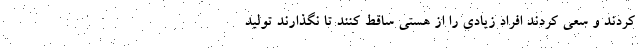
کردند و سعی کردند افراد زیادی را از هستی ساقط کنند تا نگذارند تولید